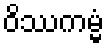
ဝိဿကမ္မံ